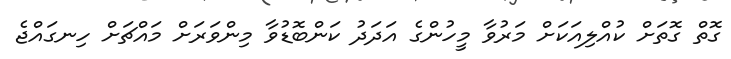
ގޮތް ގޮތަށް ކުއްލިއަކަށް މަރުވާ މީހުންގެ އަދަދު ކަންބޮޑުވާ މިންވަރަށް މައްޗަށް ހިނގައްޖެ